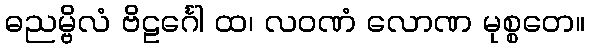
ဓညမ္ဗိလံ ဗိဠင်္ဂေါ ထ၊ လဝဏံ လောဏ မုစ္စတေ။